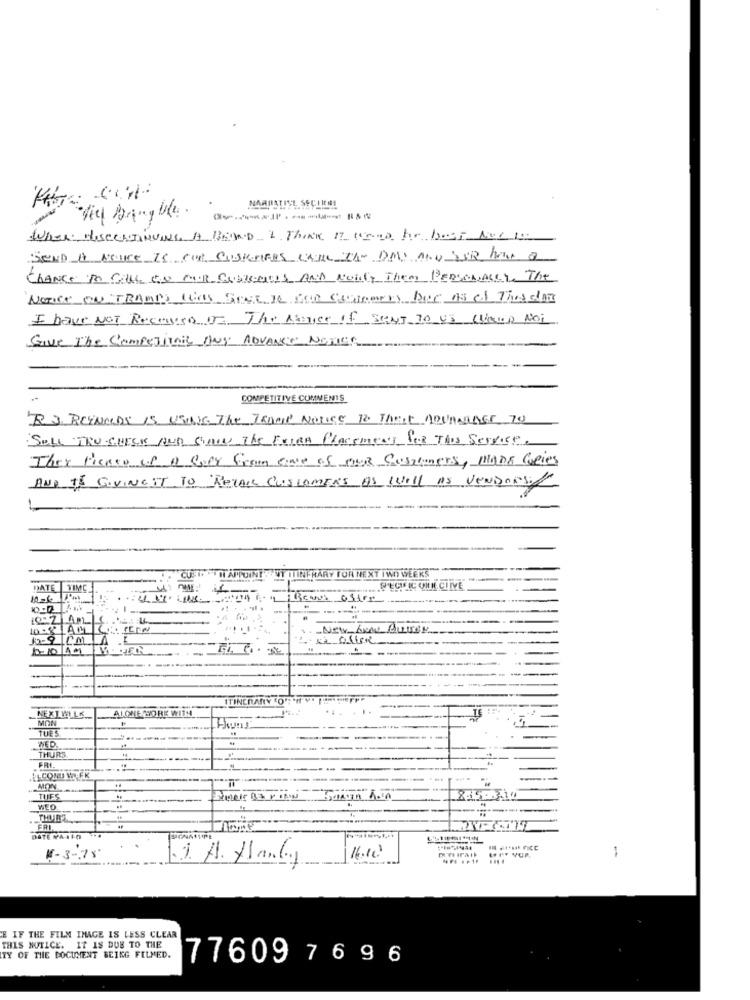
NARRATIVE, SECIICI
When HISCONTINUING A BRAND I Think IT wereno he best Ave tom
SEND A NICE 75 Con CUSHARes CALL The DAY AND SUR home a
CHANCE to CALL ON OUR CONTENTIs AND NOilly Them PERSONALLY. The
NOTICE ON TRAMPS This Settle for Comments Doc As of This dar
I have NOT Received of The Atnice If SANT 70 45 (Haup Noi
Give The CompeTitall ANY ADVANCE NOTES
COMPETITIVE COMMENTS
R. J. REYNOLDS IS USING The TRAMP Notice 12 That ADVANner 70
SOLL TRU CHECK AND STAIN THE FEIRA PLACEMENT POR THIS SERVICE.
They Picked of A copy from one of our Customers, MADE Copies
AND TE GIVINGIT TO RETAR CUSTOMERS AS WELL AS VENDORSIL
INFRARY FOR NEXT TWO WEEKS"
PUINI
DATE TIMC
offer
New And Buses
TINERANY COPS'IL Y
NEXT WLLK
ALONE WORE WITH
MIN
TUES
WED
THURS
FRI
.PL.COM NO FK
MON
TUES
WED
FRI
DATE NAIIO
16.10
M - 3-78"
1
E IF THE FILM IMAGE IS LESS CLEAR
THIS NOTICE. IT IS DUE TO THE
ITY OF THE DOCUMENT BEIKG FILMED.
77609 76 96